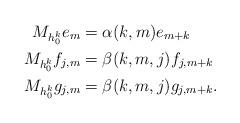
LaTeX: \begin{align*}M_{h_0^k}e_m &= \alpha(k,m) e_{m+k} \\M_{h_0^k}f_{j,m} &= \beta(k,m,j) f_{j,m+k} \\M_{h_0^k}g_{j,m} &= \beta(k,m,j) g_{j,m+k}.\end{align*}